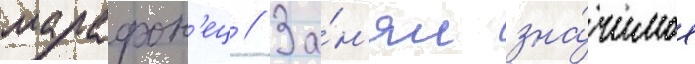
марафон'ец // За́н'ял зна́чимое